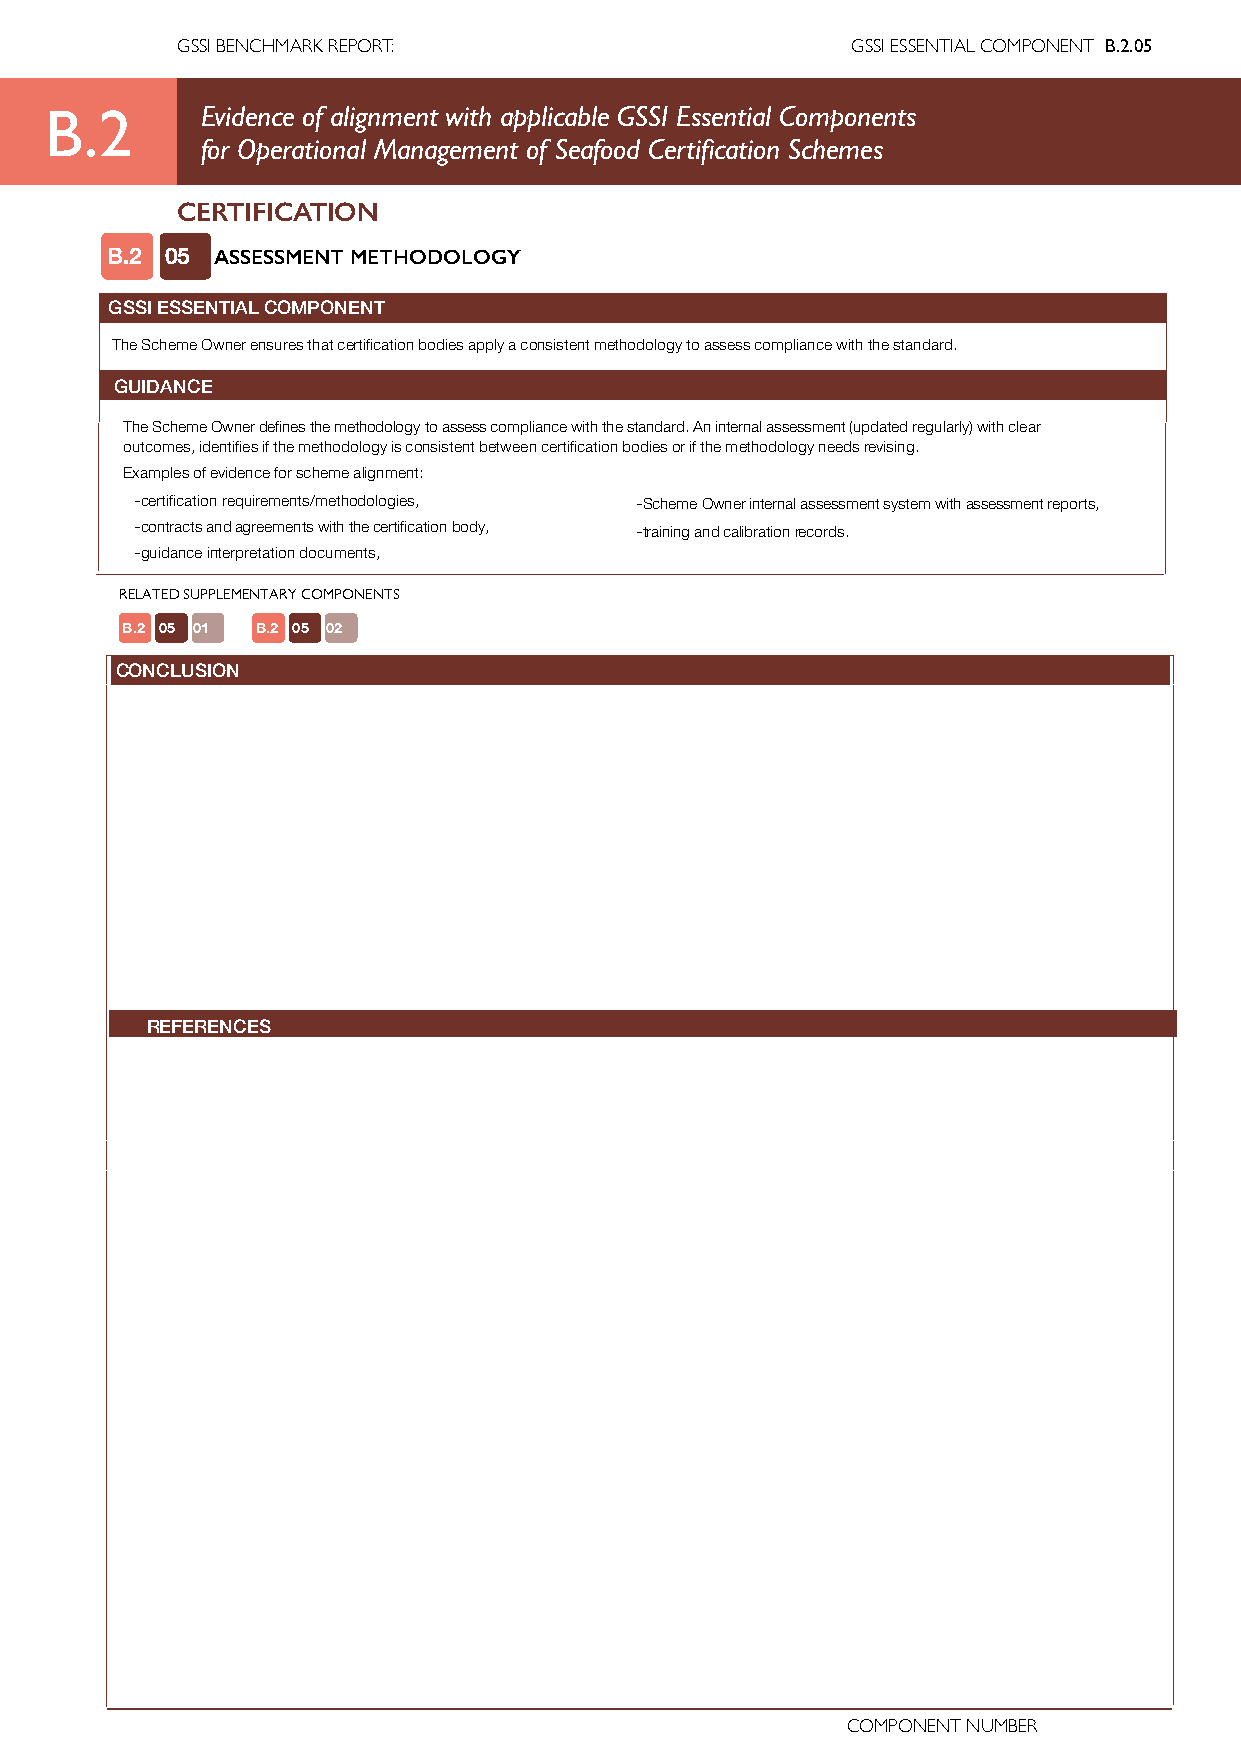
GSSI BENCHMARK REPORT:                      GSSI ESSENTIAL COMPONENT B.2.05
 B.2       Evidence of alignment with applicable GSSI Essential Components
 for Operational Management of Seafood Certification Schemes
 CERTIFICATION
 B.2 05 ASSESSMENT METHODOLOGY
 GSSI ESSENTIAL COMPONENT
 The Scheme Owner ensures that certification bodies apply a consistent methodology to assess compliance with the standard.
 GUIDANCE
 The Scheme Owner defines the methodology to assess compliance with the standard. An internal assessment (updated regularly) with clear
 outcomes, identifies if the methodology is consistent between certification bodies or if the methodology needs revising.
 Examples of evidence for scheme alignment:
 - certification requirements/methodologies, - Scheme Owner internal assessment system with assessment reports,
 - contracts and agreements with the certification body, - training and calibration records.
 - guidance interpretation documents,
 RELATED SUPPLEMENTARY COMPONENTS
 B.2 05 01 B.2 05 02
 CONCLUSION
 REFERENCES
 COMPONENT NUMBER